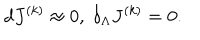
LaTeX: d J ^ { ( k ) } \approx 0 , \; \delta _ { \Lambda } J ^ { ( k ) } = 0 .